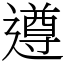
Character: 遵